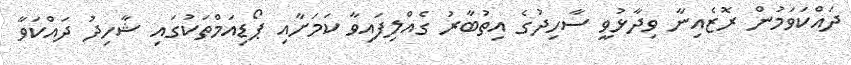
ދައްކަވަމުން ރޮޒެއިނާ ވިދާޅުވީ ސާހިދުގެ އިތުބާރު ގެއްލިފައިވާ ކަމަށާއި ޕޯޑިއަމްތަކުގައި ޝާހިދު ދައްކަވާ